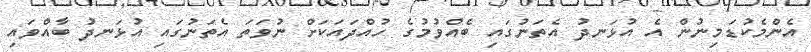
އެންމެކުޑަމިނުން އެ އުޅަނދު އެތަނުގައި ބެއްވުމުގެ ހުއްދައަކަށް ނުވަތަ އެތަނުގައި އުޅަނދު ބާއްވައި